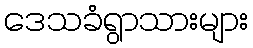
ဒေသခံရွာသားများ